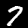
Digit: 7